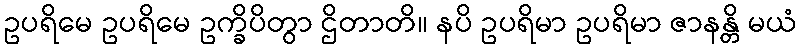
ဥပရိမေ ဥပရိမေ ဥက္ခိပိတွာ ဌိတာတိ။ နပိ ဥပရိမာ ဥပရိမာ ဇာနန္တိ မယံ